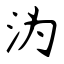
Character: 沩